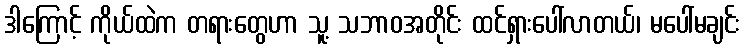
ဒါကြောင့် ကိုယ်ထဲက တရားတွေဟာ သူ့ သဘာဝအတိုင်း ထင်ရှားပေါ်လာတယ်၊ မပေါ်မချင်း